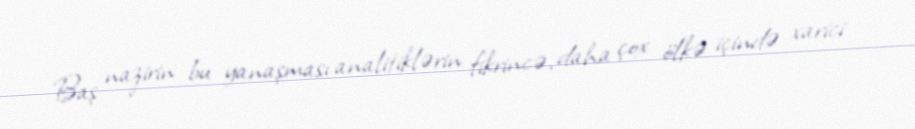
Baş nazirin bu yanaşması analitiklərin fikrincə, daha çox ölkə içində xarici